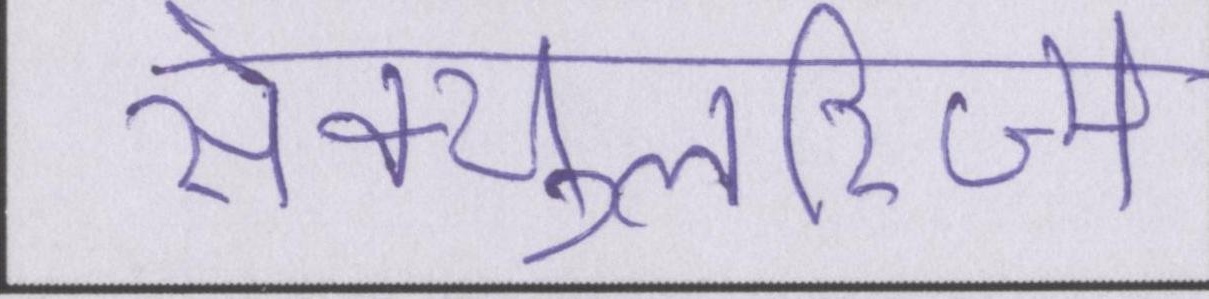
सेक्युलरिज्म